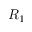
R _ { 1 }